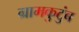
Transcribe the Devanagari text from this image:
ग्रामकुटुंब